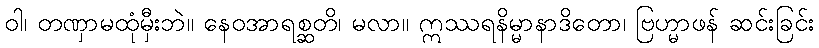
ဝါ၊ တဏှာမထုံမှီးဘဲ။ နေဝအာရစ္ဆတိ၊ မလာ။ ဣဿရနိမ္မာနာဒိတော၊ ဗြဟ္မာဖန် ဆင်းခြင်း